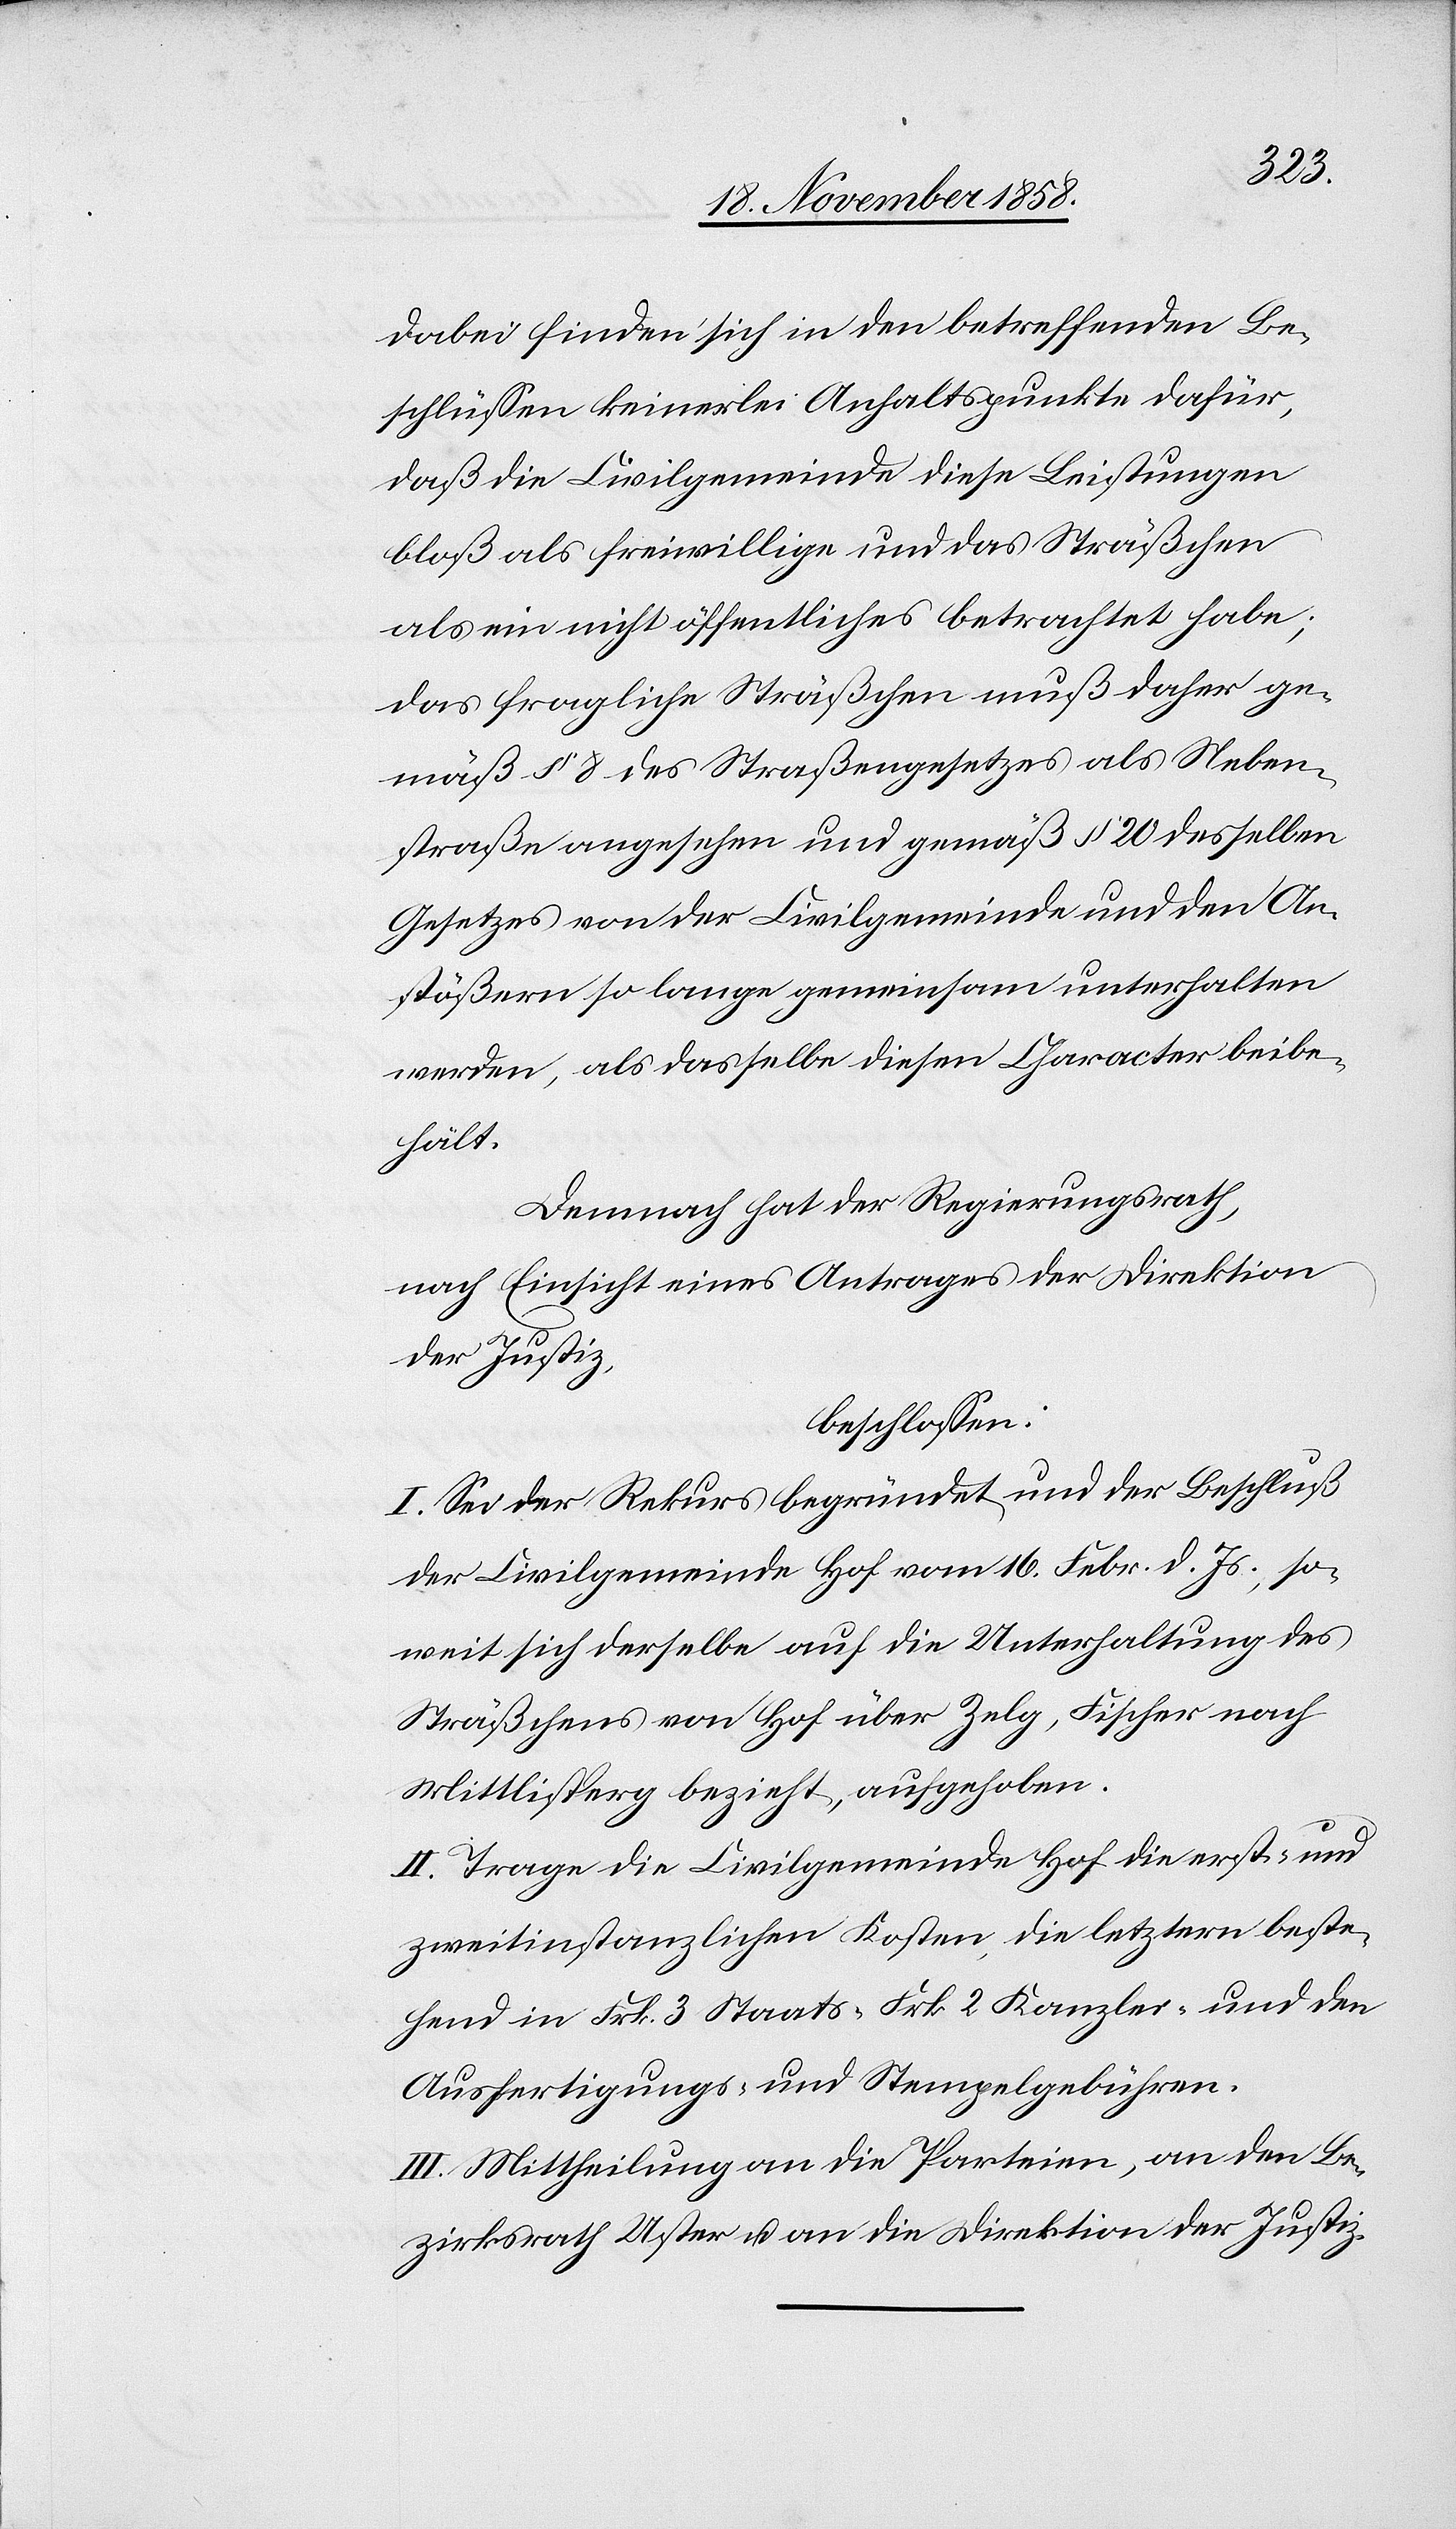
dabei finden sich in den betreffenden Be¬
schlüssen keinerlei Anhaltspunkte dafür,
daß die Civilgemeinde diese Leistungen
bloß als freiwillige und das Sträßchen
als ein nicht öffentliches betrachtet habe;
das fragliche Sträßchen muß daher ge¬
mäß § 8 des Straßengesetzes als Neben¬
straße angesehen und gemäß § 20 desselben
Gesetzes von der Civilgemeinde und den An¬
stößern so lange gemeinsam unterhalten
werden, als dasselbe diesen Character beibe¬
hält.
Demnach hat der Regierungsrath,
nach Einsicht eines Antrages der Direktion
der Justiz,
beschlossen:
I. Sei der Rekurs begründet und der Beschluß
der Civilgemeinde Hof vom 16. Febr. d. Js., so¬
weit sich derselbe auf die Unterhaltung des
Sträßchens von Hof über Zelg, Fischer nach
Mittlisperg bezieht, aufgehoben.
II. Trage die Civilgemeinde Hof die erst- und
zweitinstanzlichen Kosten, die letztern beste¬
hend in Frk. 3 Staats-[,] Frk. 2 Kanzlei- und den
Ausfertigungs- und Stempelgebühren.
III. Mittheilung an die Parteien, an den Be¬
zirksrath Uster u. an die Direktion der Justiz.